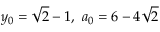
y _ { 0 } = { \sqrt { 2 } } - 1 , \ a _ { 0 } = 6 - 4 { \sqrt { 2 } }